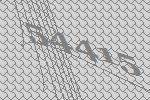
54415